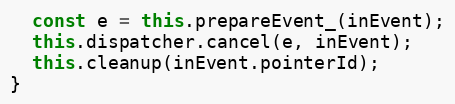
Language: JavaScript
  const e = this.prepareEvent_(inEvent);
  this.dispatcher.cancel(e, inEvent);
  this.cleanup(inEvent.pointerId);
}